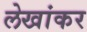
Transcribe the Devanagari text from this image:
लेखांकर